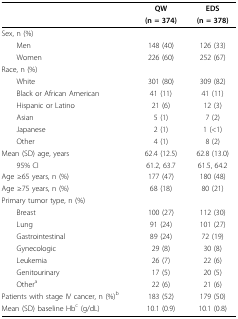
<table><thead><tr><td></td><td><b>QW</b></td><td><b>EDS</b></td></tr><tr><td></td><td><b>(n = 374)</b></td><td><b>(n = 378)</b></td></tr></thead><tbody><tr><td>Sex, n (%)</td><td></td><td></td></tr><tr><td> Men</td><td>148 (40)</td><td>126 (33)</td></tr><tr><td> Women</td><td>226 (60)</td><td>252 (67)</td></tr><tr><td>Race, n (%)</td><td></td><td></td></tr><tr><td> White</td><td>301 (80)</td><td>309 (82)</td></tr><tr><td> Black or African American</td><td>41 (11)</td><td>41 (11)</td></tr><tr><td> Hispanic or Latino</td><td>21 (6)</td><td>12 (3)</td></tr><tr><td> Asian</td><td>5 (1)</td><td>7 (2)</td></tr><tr><td> Japanese</td><td>2 (1)</td><td>1 (&lt;1)</td></tr><tr><td> Other</td><td>4 (1)</td><td>8 (2)</td></tr><tr><td>Mean (SD) age, years</td><td>62.4 (12.5)</td><td>62.8 (13.0)</td></tr><tr><td> 95% CI</td><td>61.2, 63.7</td><td>61.5, 64.2</td></tr><tr><td>Age ≥65 years, n (%)</td><td>177 (47)</td><td>180 (48)</td></tr><tr><td>Age ≥75 years, n (%)</td><td>68 (18)</td><td>80 (21)</td></tr><tr><td>Primary tumor type, n (%)</td><td></td><td></td></tr><tr><td> Breast</td><td>100 (27)</td><td>112 (30)</td></tr><tr><td> Lung</td><td>91 (24)</td><td>101 (27)</td></tr><tr><td> Gastrointestinal</td><td>89 (24)</td><td>72 (19)</td></tr><tr><td> Gynecologic</td><td>29 (8)</td><td>30 (8)</td></tr><tr><td> Leukemia</td><td>26 (7)</td><td>22 (6)</td></tr><tr><td> Genitourinary</td><td>17 (5)</td><td>20 (5)</td></tr><tr><td> Other<sup>a</sup></td><td>22 (6)</td><td>21 (6)</td></tr><tr><td>Patients with stage IV cancer, n (%)<sup>b</sup></td><td>183 (52)</td><td>179 (50)</td></tr><tr><td>Mean (SD) baseline Hb<sup>c </sup>(g/dL)</td><td>10.1 (0.9)</td><td>10.1 (0.8)</td></tr></tbody></table>